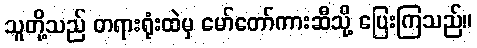
သူတို့သည် တရားရုံးထဲမှ မော်တော်ကားဆီသို့ ပြေးကြသည်။